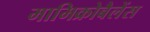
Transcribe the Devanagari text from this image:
मामिक्रोबैलेंस